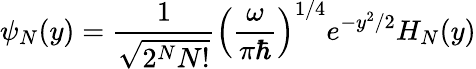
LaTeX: \psi_{N}(y)=\frac{1}{\sqrt{2^{N}N!}}\left(\frac{\omega}{\pi\hbar}\right)^{1/4}e^{-y^{2}/2}H_{N}(y)